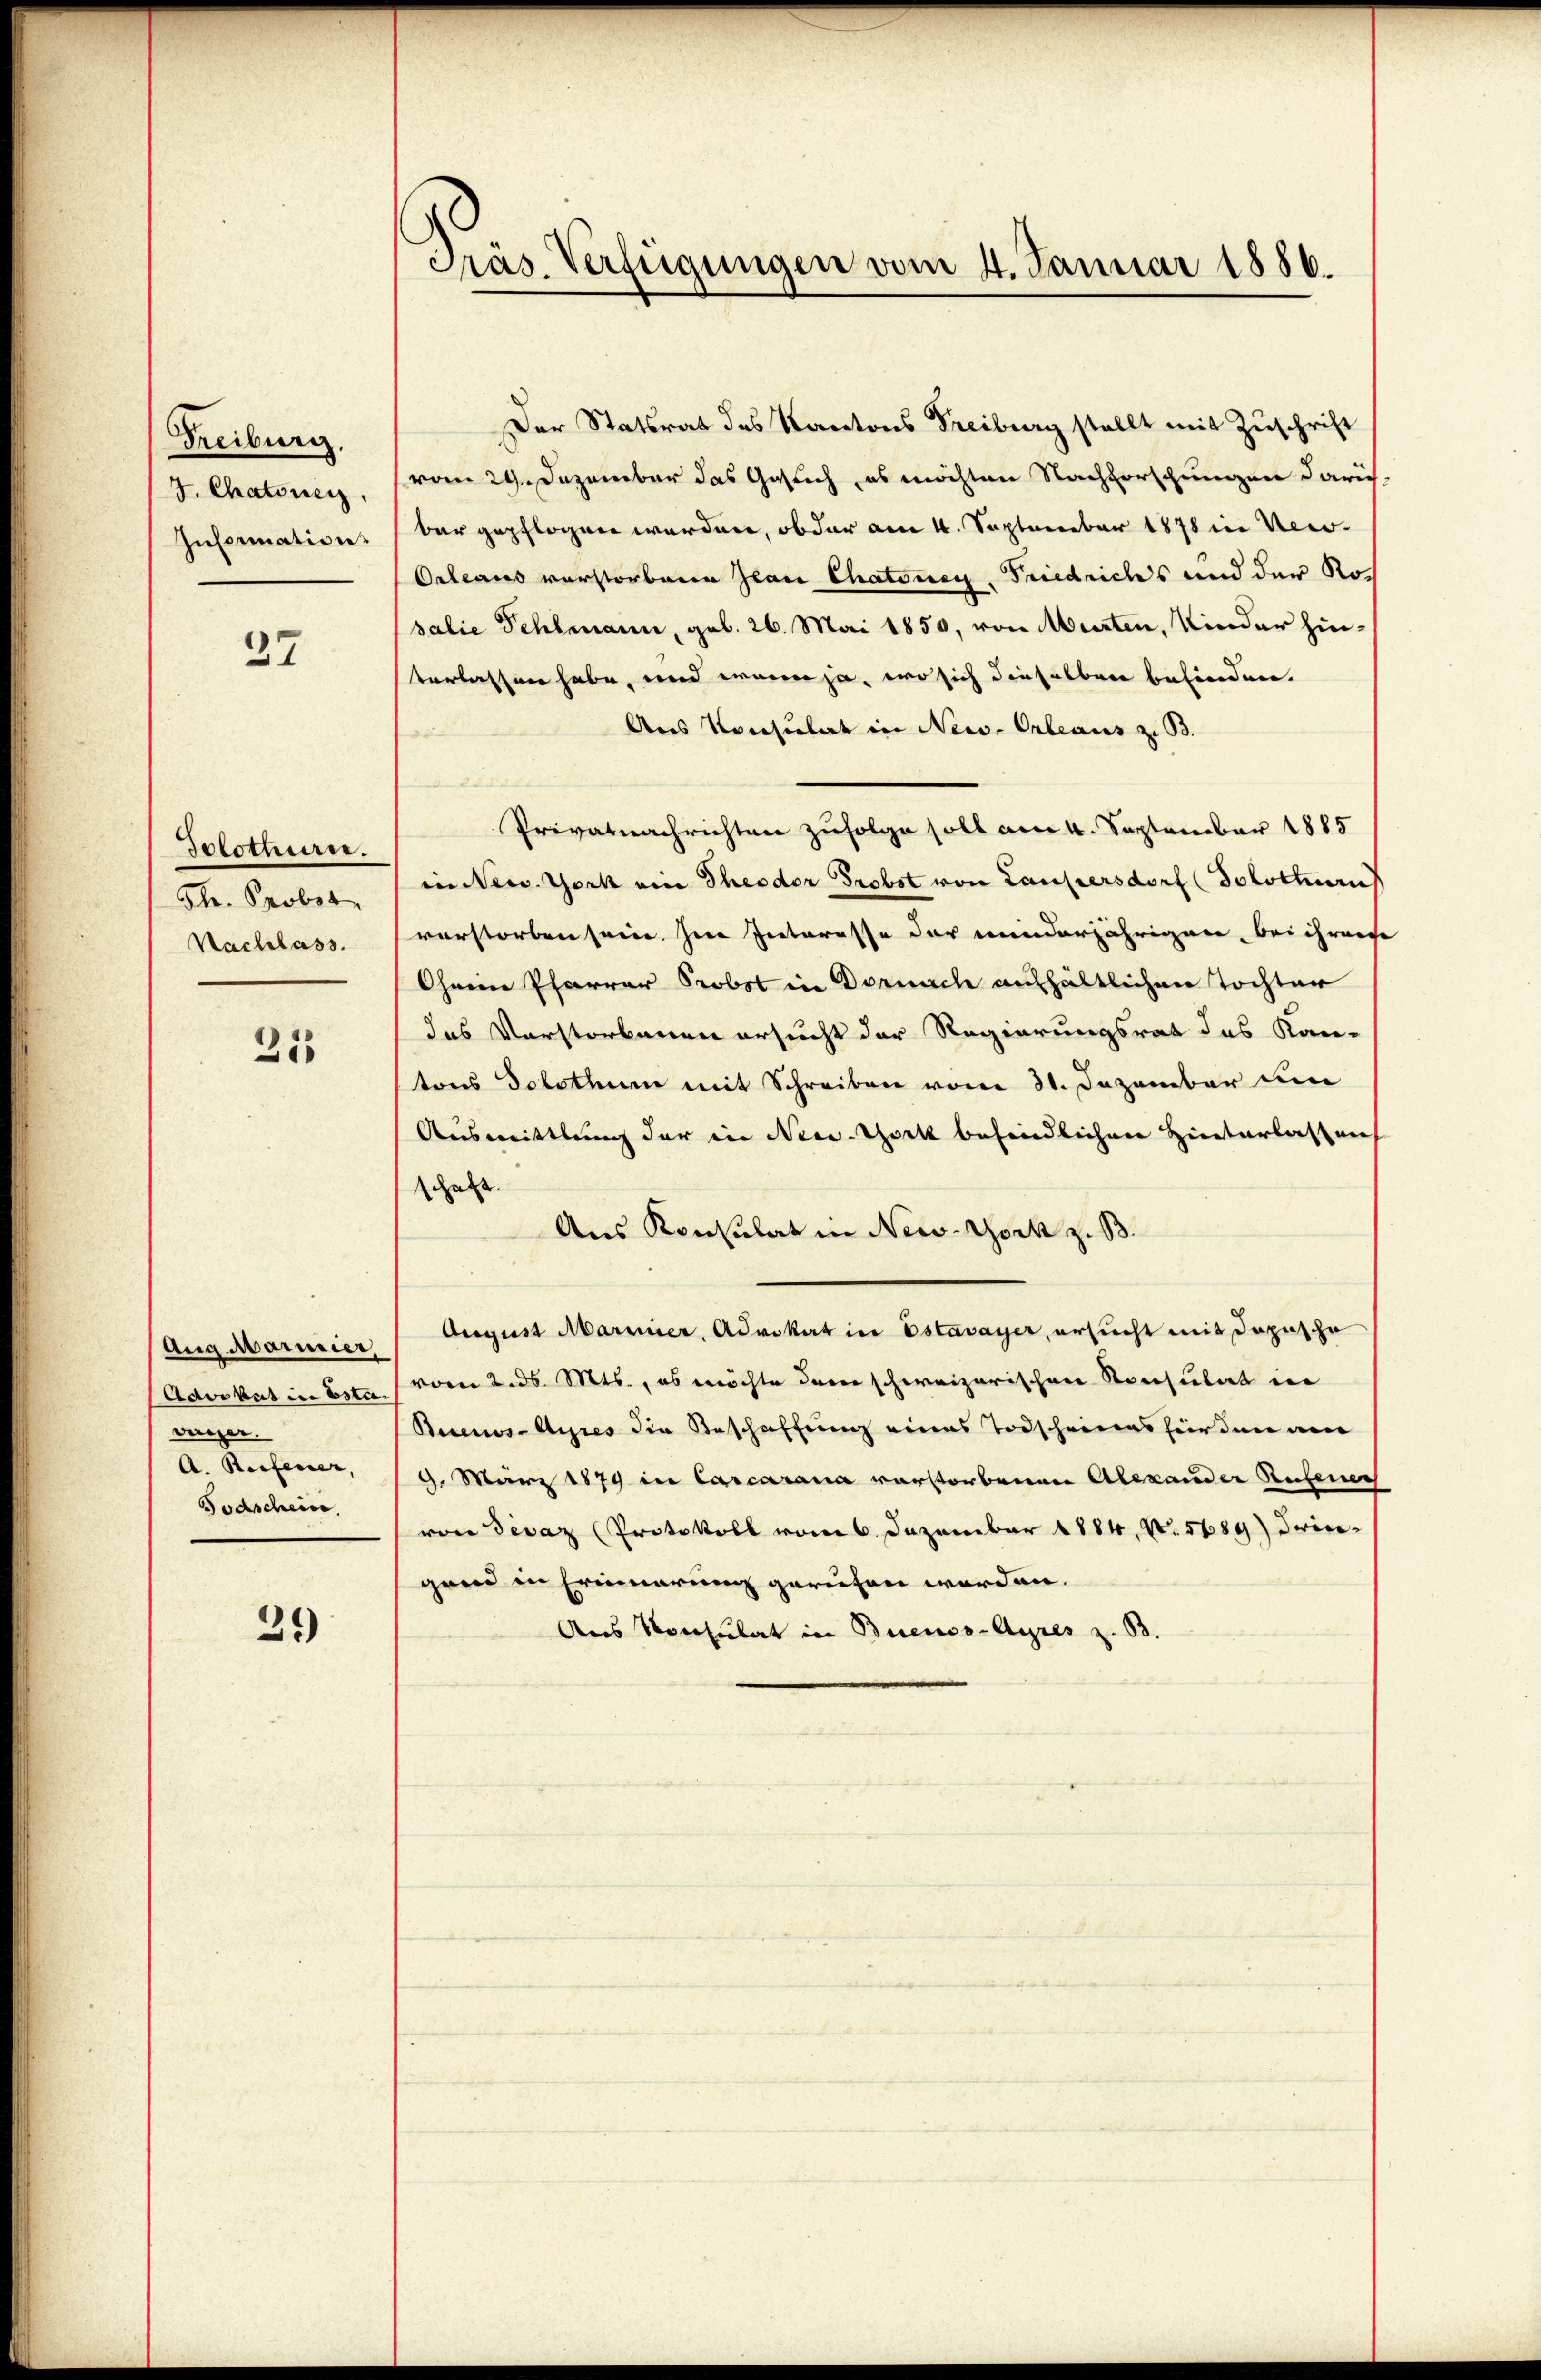
Freiburg.
7. Chatone.
Information

37

Solothurn.
Th. Probst
Nachlass.

21

Aug Marmier,
Ader bat in Esta-
vager.
A. Reifener,
Todscheine

39

Präs. Verfügungen vom 4. Januar 1886.

Der Statsrat des Kantons Freiburg stellt mit Zuschrift
(vom 29. Dezember das Gesuch, es möchten Nachforschungen darich-
bar gepflogen worden, ob der am 4. September 1878 in Ver-
Orleans verstorbene Jean Chatonen, Friedrichs und der Ro
salie Fehlmann, geb. 26. Mai 1850, von Murten, Kinder hinterlassen habe, und wenn ja, wo sich dieselben befinden.
Aus Konsulat in New-Orleaus z. B.
Privatnachrichten zufolge soll am 4. September 1885
in New York ein Theodor Probst von Laupersdorf (Solottern
vorstorben seine Ine Interesse der minderjährigen, bei ihrere
Ohnen Pfarrer Probst in Dornach aufhältlichen Tochter
das Verstorbenen ersucht der Regierungsrat des Kan-
tons Solothur mit Schreiben vom 31. Dezember un
Ausmittlung der in New-York befindlichen Hinterlassung
schaft.
Aus Konsulat in New-York z. B.
August Marier, Advokat in Estavayer, ersucht mit Dapusche
vom 2. ds. Mts., es möchte dem schweizerischen Konsulat in
Buenos-Ayres die Beschaffung eines Todscheines für den am
9. März 1879 in Carcarana vorstorbenen Alexander Rufener
von Devaz (Protokoll vom 6. Dezember 1884, No. 5689) Friegaen in Erinnerung gerufen worden.
Aus Konsulat in Buenos-Ayres z. B.